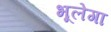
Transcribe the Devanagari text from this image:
भूलेगा